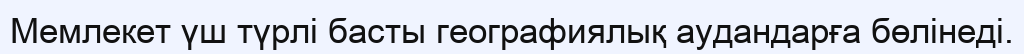
Мемлекет үш түрлі басты географиялық аудандарға бөлінеді.